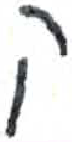
אות: ק